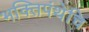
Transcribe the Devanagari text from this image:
भक्तिपंथेचि